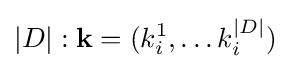
|D|:\mathbf {k} =(k_{i}^{1},\dots k_{i}^{|D|})